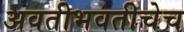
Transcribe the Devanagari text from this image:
अवतीभवतीचेच